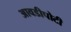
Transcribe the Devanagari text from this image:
आवडीपोटी